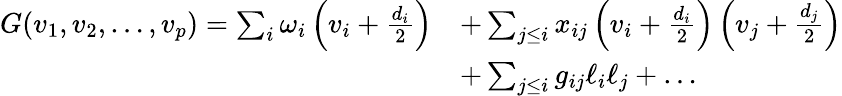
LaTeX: \begin{array}{rl}{G(v_{1},v_{2},\ldots,v_{p})=\sum_{i}\omega_{i}\left(v_{i}+\frac{d_{i}}{2}\right)}&{+\sum_{j\leq i}x_{ij}\left(v_{i}+\frac{d_{i}}{2}\right)\left(v_{j}+\frac{d_{j}}{2}\right)}\\ &{+\sum_{j\leq i}g_{ij}\ell_{i}\ell_{j}+\ldots}\end{array}